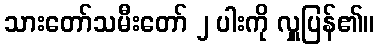
သားတော်သမီးတော် ၂ ပါးကို လှူပြန်၏။